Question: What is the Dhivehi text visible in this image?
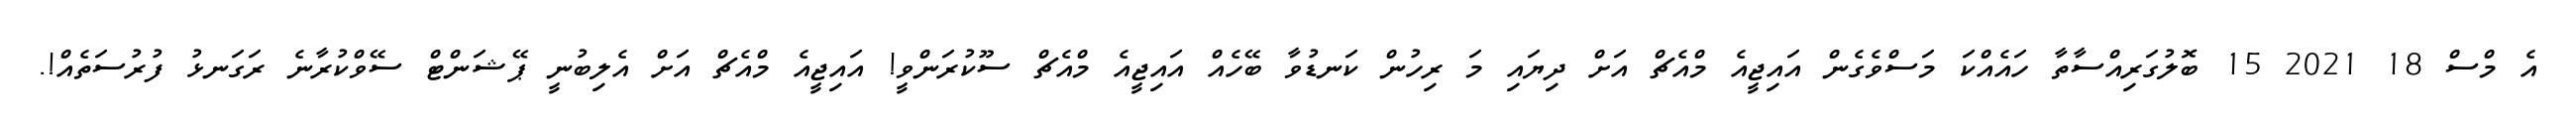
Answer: އެ މްސް 18 2021 15 ބޮލުގަރިއްސާތާ ހައެއްކަ މަސްވެގެން އައިޖީއެ މްއެޗް އަށް ދިޔައި މަ ރިހުން ކަނޑުވާ ބޭހެއް އައިޖީއެ މްއެޗް ސޫކުރަންވީ! އައިޖީއެ މްއެޗް އަށް އެލިބުނީ ޕޭޝަންޓް ސޭވްކުރާނެ ރަގަނޅު ފުރުސަތެއް!.